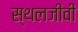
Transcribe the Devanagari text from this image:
स्थलजीवी